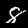
Digit: 8